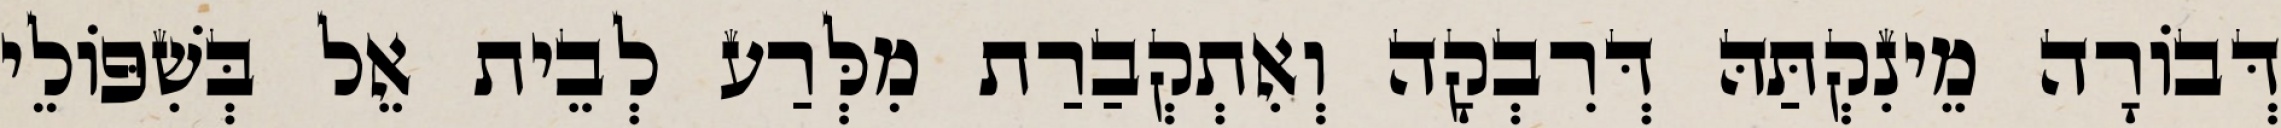
דְּבוֹרָה מֵינִקְתַּהּ דְּרִבְקָה וְאִתְקְבַרַת מִלְּרַע לְבֵית אֵל בְּשִׁפּוֹלֵי